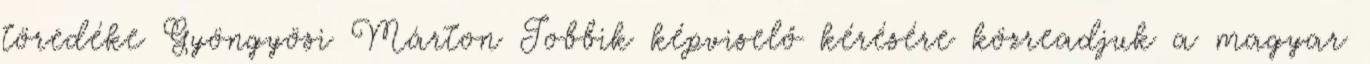
töredéke Gyöngyösi Márton Jobbik képviselő kérésére közreadjuk a magyar